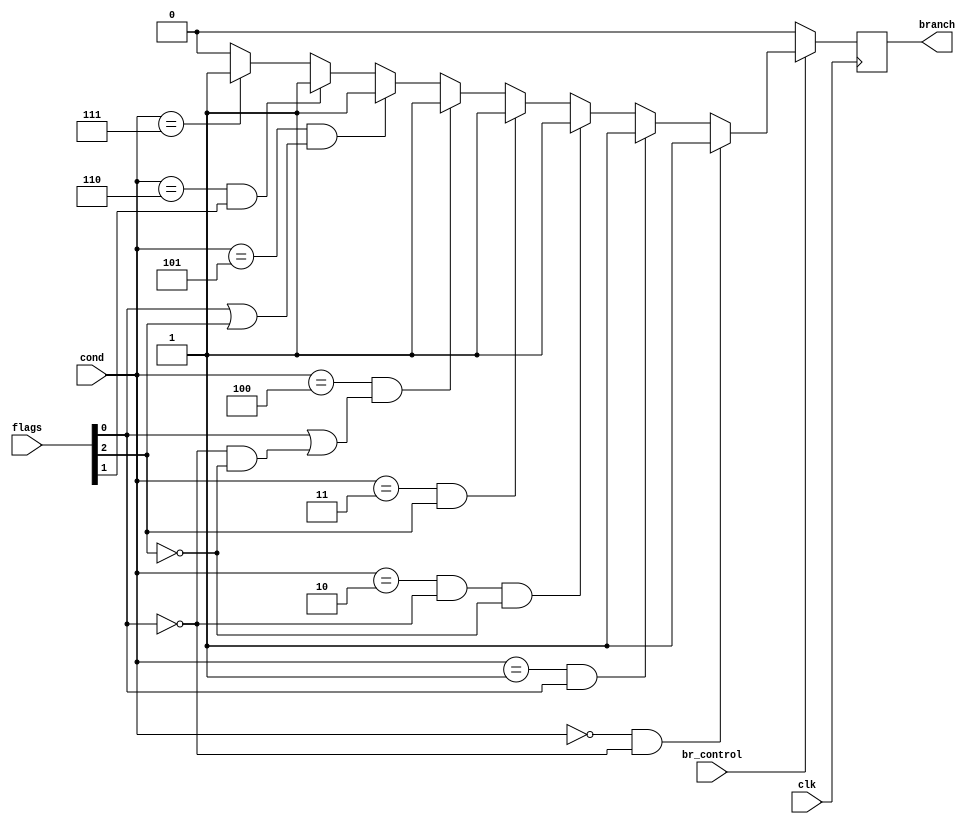
module br_control(cond, flags, br_control, clk, branch);

input [2:0] cond, flags; //condition codes and flags = 3'b N, V, Z
input br_control;  //Control Signal telling us if a branch is requested
input clk; //system clk

output reg branch; //Essentially a boolean telling us to take or not take branch

localparam NOT_TAKEN = 0;
localparam TAKEN = 1; 

always @(posedge clk) begin

	if(br_control) begin
		branch = (cond==3'b000 && flags[0]==1'b0) ? TAKEN : 
				(cond==3'b001 && flags[0]==1'b1) ? TAKEN : 
				(cond==3'b010 && flags[0]==1'b0 && flags[2]==1'b0) ? TAKEN : 
				(cond==3'b011 && flags[2]==1'b1) ? TAKEN :
				(cond==3'b100 && (flags[0]==1'b1 || (flags[0]==1'b0 && flags[2]==1'b0))) ? TAKEN :
				(cond==3'b101 && (flags[0]==1'b1 || flags[2]==1'b1)) ? TAKEN : 
				(cond==3'b110 && flags[1]==1'b1) ? TAKEN :
				(cond==3'b111) ? TAKEN :
				 NOT_TAKEN;
	end else begin
		branch = NOT_TAKEN;
	end
	
end

endmodule